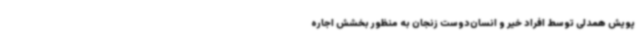
پویش همدلی توسط افراد خیر و انسان‌دوست زنجان به منظور بخشش اجاره